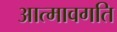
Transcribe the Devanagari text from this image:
आत्मावगति